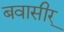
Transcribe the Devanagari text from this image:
बवासीर्